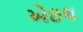
એઇથ